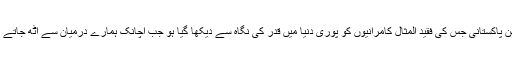
ڈاکٹر بشیر سیفی جیسا محبوب استاد،عدیم النظیر مفکر،بے مثال تخلیق کار اور محب وطن پاکستانی جس کی فقید المثال کامرانیوں کو پوری دنیا میں قدر کی نگاہ سے دیکھا گیا ہو جب اچانک ہمارے درمیان سے اٹھ جاتے ہیں تو محرومی کا ایک ایسا ہولناک لمحہ آتا ہے جہاں ہجوم یاس سے دل گھبرا جاتا ہے۔